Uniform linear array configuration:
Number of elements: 24
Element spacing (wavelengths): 0.25
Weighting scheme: hamming
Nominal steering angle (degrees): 45
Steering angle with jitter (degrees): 43.736
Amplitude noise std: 0.05
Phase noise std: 0.05

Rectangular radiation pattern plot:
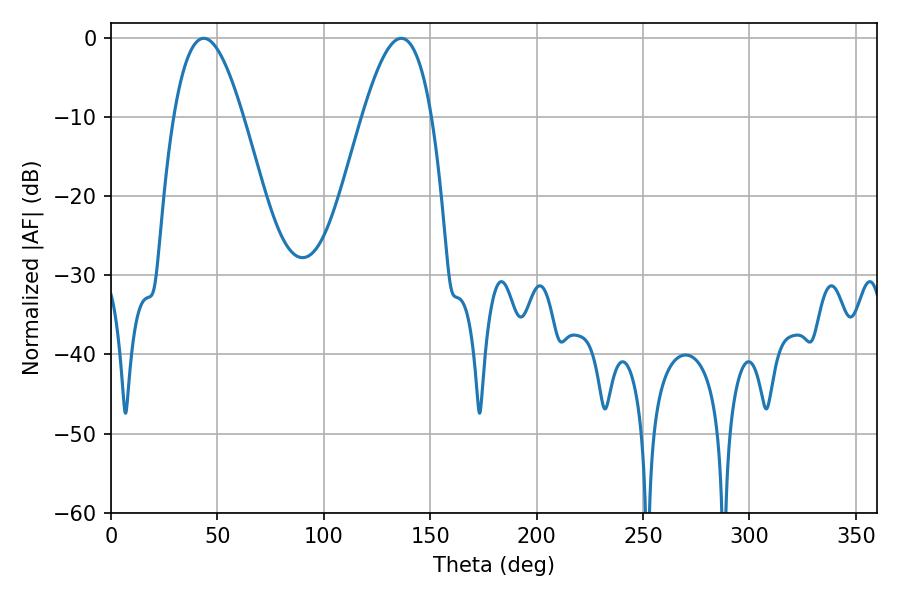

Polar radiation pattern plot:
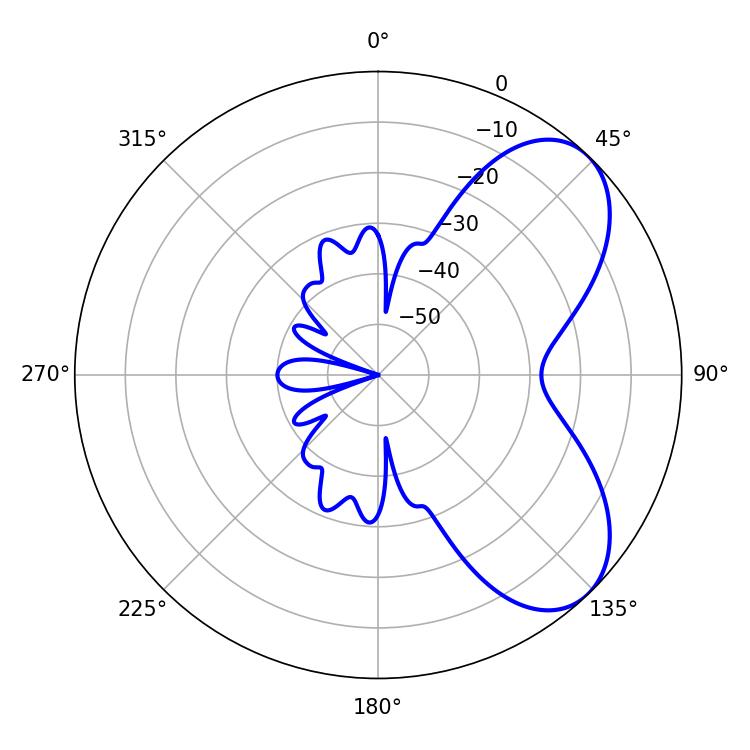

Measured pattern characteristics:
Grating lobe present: FALSE
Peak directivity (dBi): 6.281
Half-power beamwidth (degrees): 17.64
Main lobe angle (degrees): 43.56